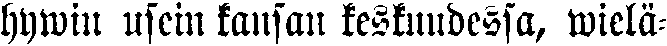
hywin usein kansan keskuudessa, wielä-